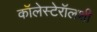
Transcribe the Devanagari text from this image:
कॉलेस्टेरॉलशी